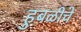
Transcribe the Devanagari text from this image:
हुबळीचे